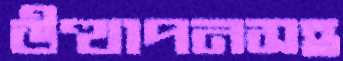
উত্থাপনসহ